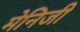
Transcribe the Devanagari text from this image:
मेनिजी